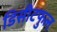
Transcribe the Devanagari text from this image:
डिसीटफुल